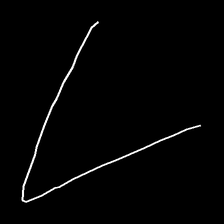
Glyph: region